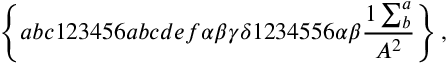
\left\{ a b c 1 2 3 4 5 6 a b c d e f \alpha \beta \gamma \delta 1 2 3 4 5 5 6 \alpha \beta \frac { 1 \sum _ { b } ^ { a } } { A ^ { 2 } } \right\} ,